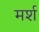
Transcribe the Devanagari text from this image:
मर्श